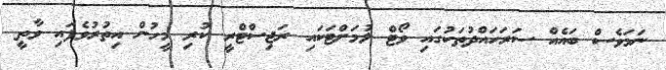
ނަމަވެސް ބައެއް ސަރަހައްދުތަކުގައި ވޯޓް ލުމަށްޓަކައި ރަޖިސްޓްރީ ކުރި މީހުން އިތުރުވެފައި ވާތީ